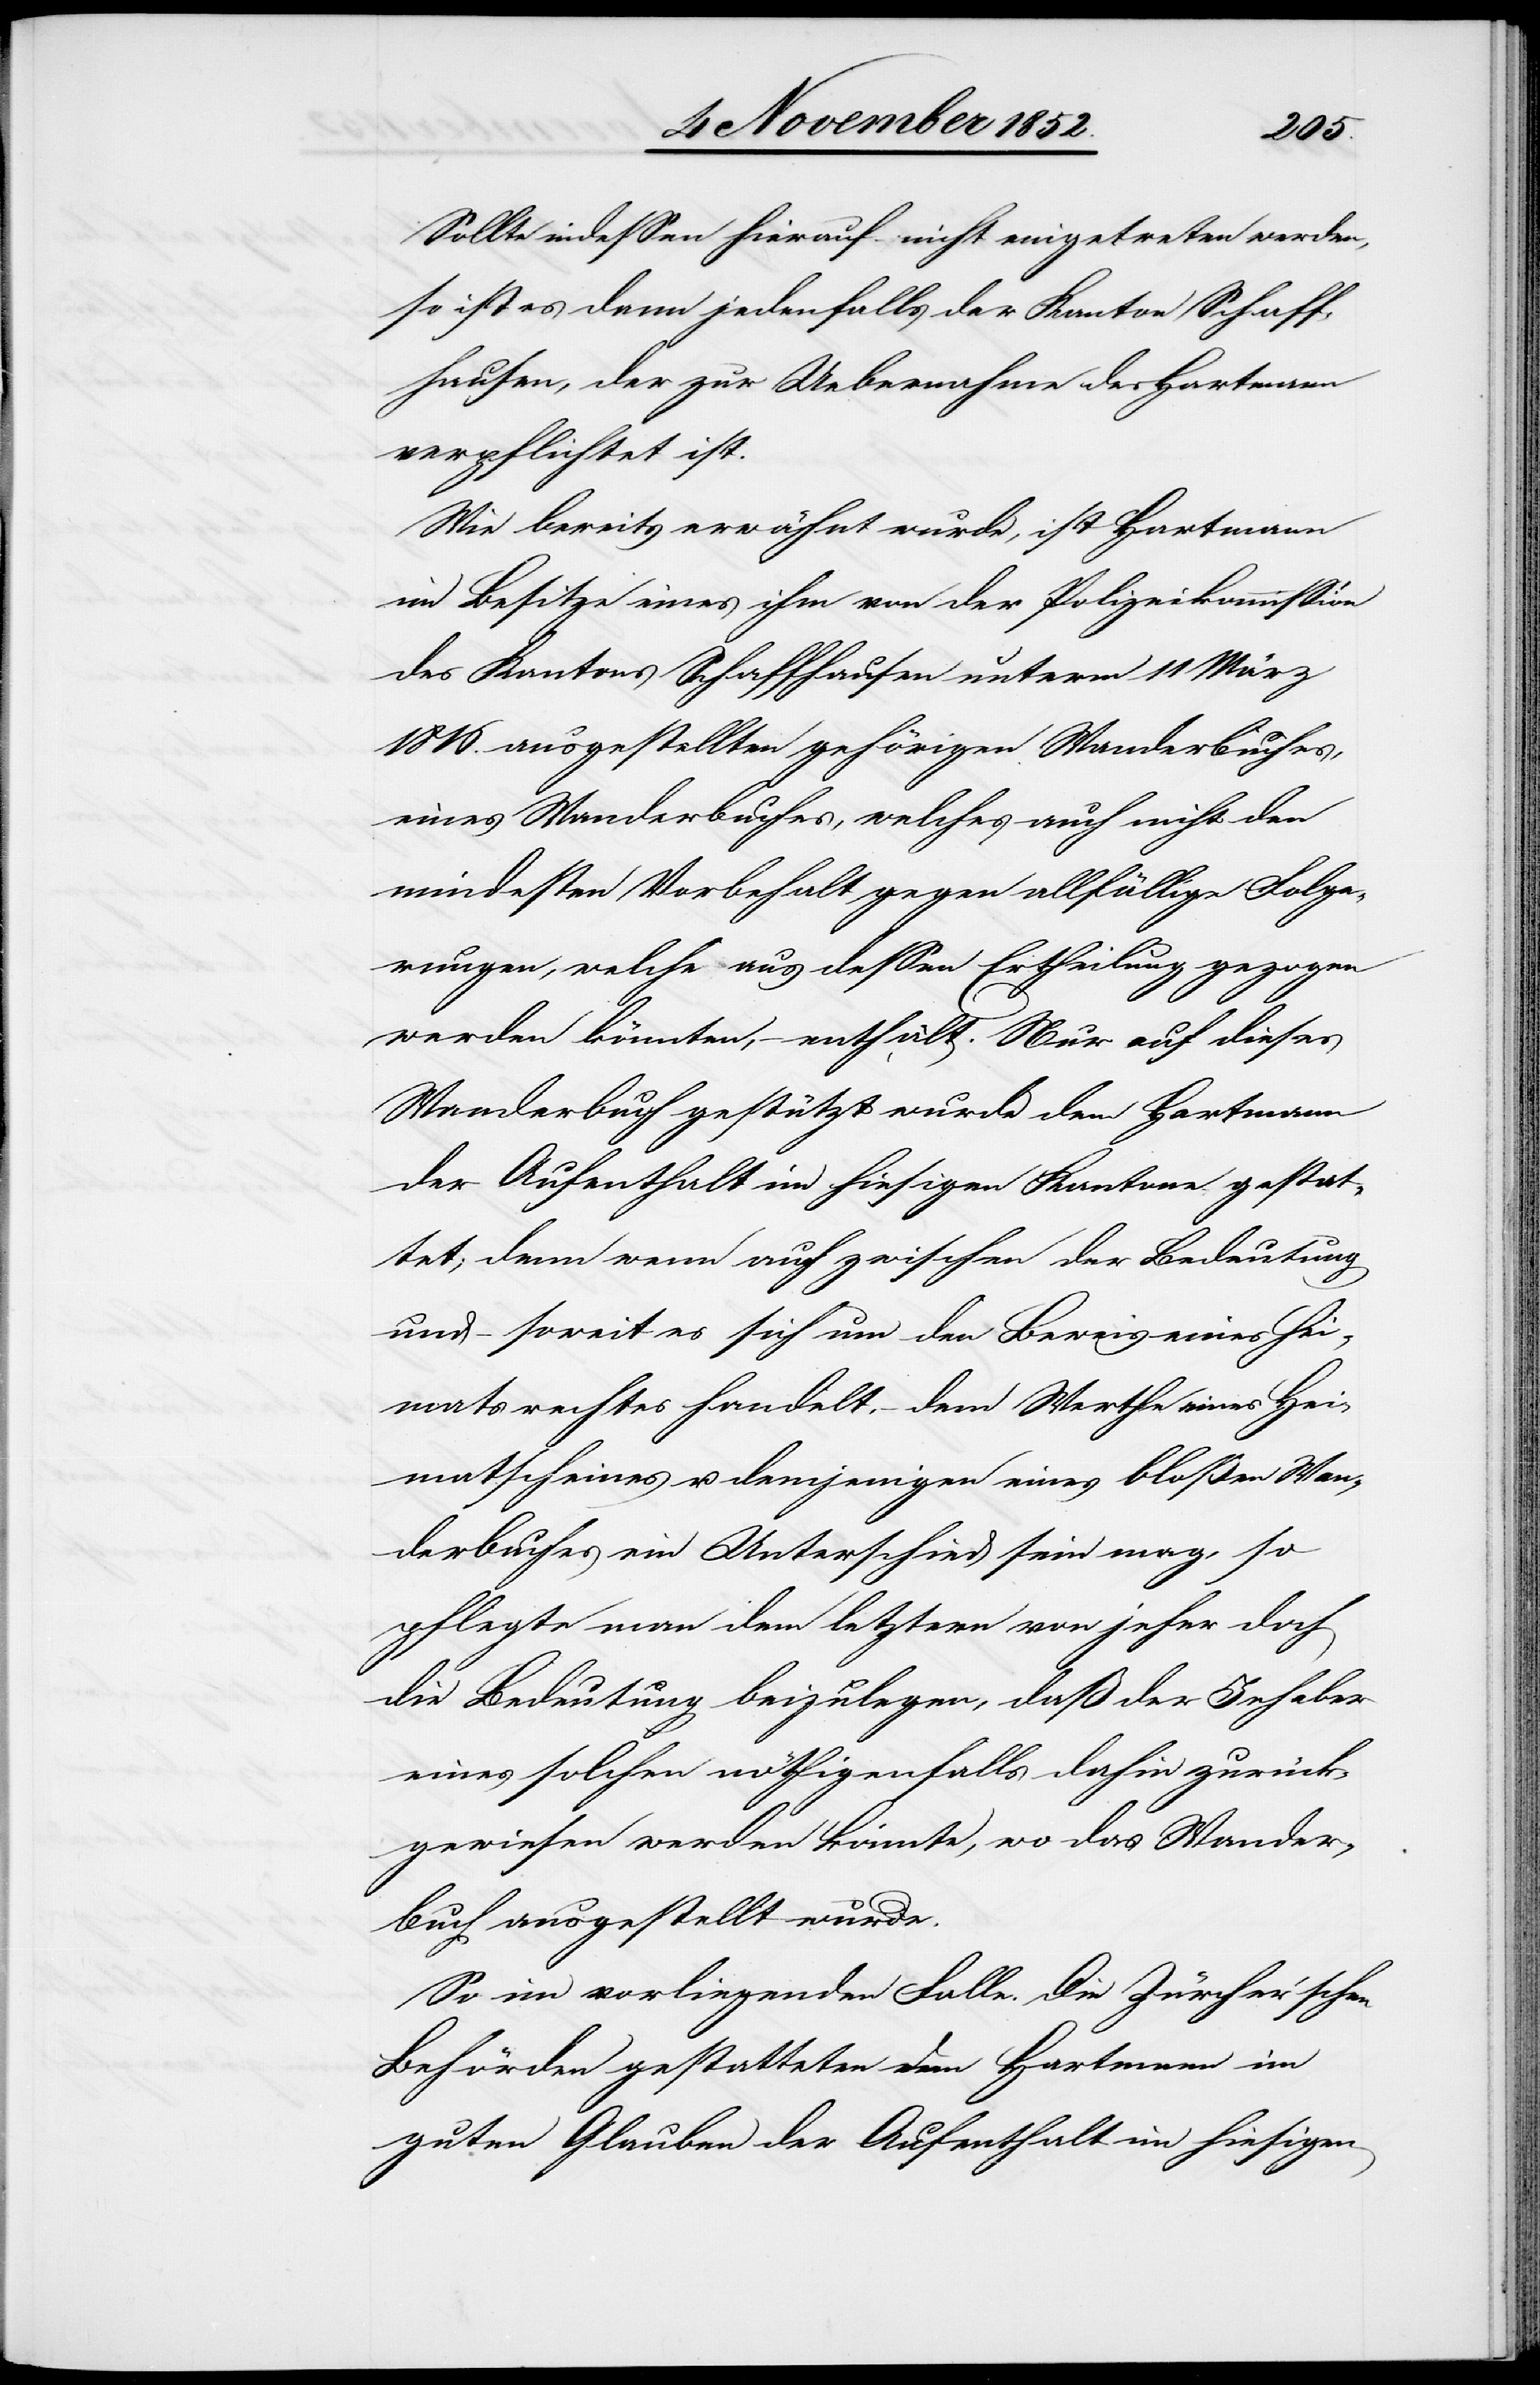
Sollte indessen hierauf nicht eingetreten werden,
so ist es dann jedenfalls der Kanton Schaff¬
hausen, der zur Uebernahme des Hartmann
verpflichtet ist.
Wie bereits erwähnt wurde, ist Hartmann
im Besitze eines ihm von der Polizeikommission
des Kantons Schaffhausen unterm 11 März
1816. ausgestellten gehörigen Wanderbuches,
eines Wanderbuches, welches auch nicht den
mindesten Vorbehalt gegen allfällige Folge¬
rungen, welche aus dessen Ertheilung gezogen
werden könnten, – enthält. Nur auf dieses
Wanderbuch gestützt wurde dem Hartmann
der Aufenthalt im hiesigen Kantone gestat¬
tet; denn wenn auch zwischen der Bedeutung
und – soweit es sich um den Beweis eines Hei¬
matsrechtes handelt, – dem Werthe eines Hei¬
matscheines u. demjenigen eines bloßen Wan¬
derbuches ein Unterschied sein mag, so
pflegte man dem letztern von jeher doch
die Bedeutung beizulegen, daß der Inhaber
eines solchen nöthigenfalls dahin zurück¬
gewiesen werden könnte, wo das Wander¬
buch ausgestellt wurde.
So im vorliegenden Falle. Die Zürcher’schen
Behörden gestatteten dem Hartmann im
guten Glauben der [sic!] Aufenthalt im hiesigen